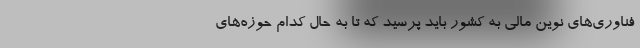
فناوری‌های نوین مالی به کشور باید پرسید که تا به حال کدام حوزه‌های